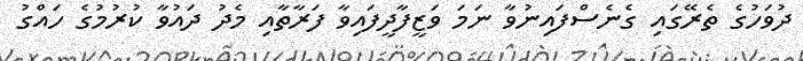
ދުވަހުގެ ތެރޭގައި ގެނެސްފައިނުވާ ނަމަ ވަޒީފާދީފައިވާ ފަރާތާއި މެދު ދައުވާ ކުރުމުގެ ހައްގު